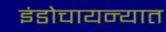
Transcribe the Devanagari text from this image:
इंडोचायन्यात